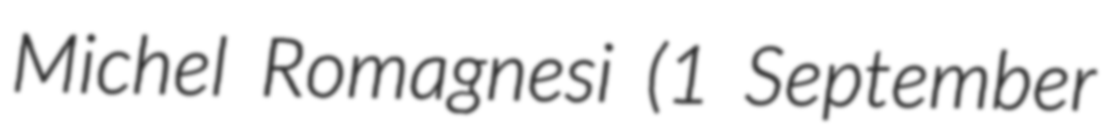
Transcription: Michel Romagnesi (1 September